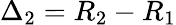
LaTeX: \Delta_{2}=R_{2}-R_{1}